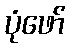
ပုံဖော်